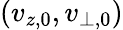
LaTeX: (v_{z,0},v_{\perp,0})